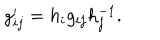
LaTeX: g _ { i j } ^ { \prime } = h _ { i } g _ { i j } h _ { j } ^ { - 1 } .